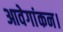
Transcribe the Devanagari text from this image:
आवेगांकन।